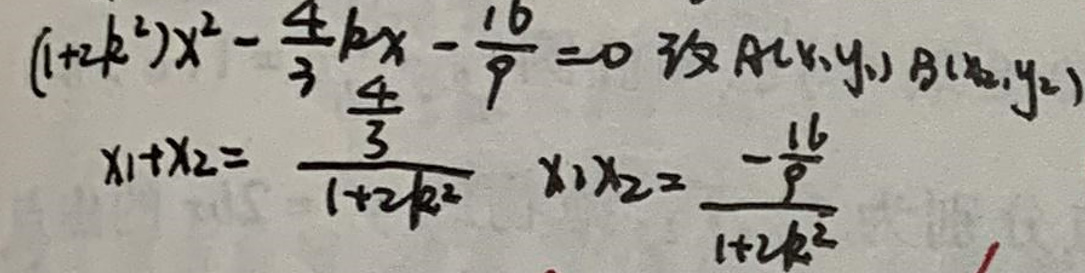
$(1 + 2k^2)x^2-\frac{4}{3}kx-\frac{16}{9}=0设A(x_1,y_1)B(x_2,y_2)\\
x_1 + x_2=\frac{\frac{4}{3}}{1 + 2k^2}\quad x_1x_2=\frac{-\frac{16}{9}}{1 + 2k^2}$